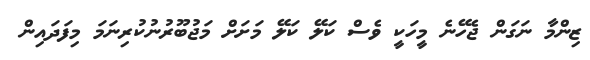
ޒިންމާ ނަގަން ޖެހޭނެ މީހަކީ ވެސް ކަލޭ ކަލޭ މަށަށް މަޖުބޫރުނުކުރިނަމަ މިފަދައިން